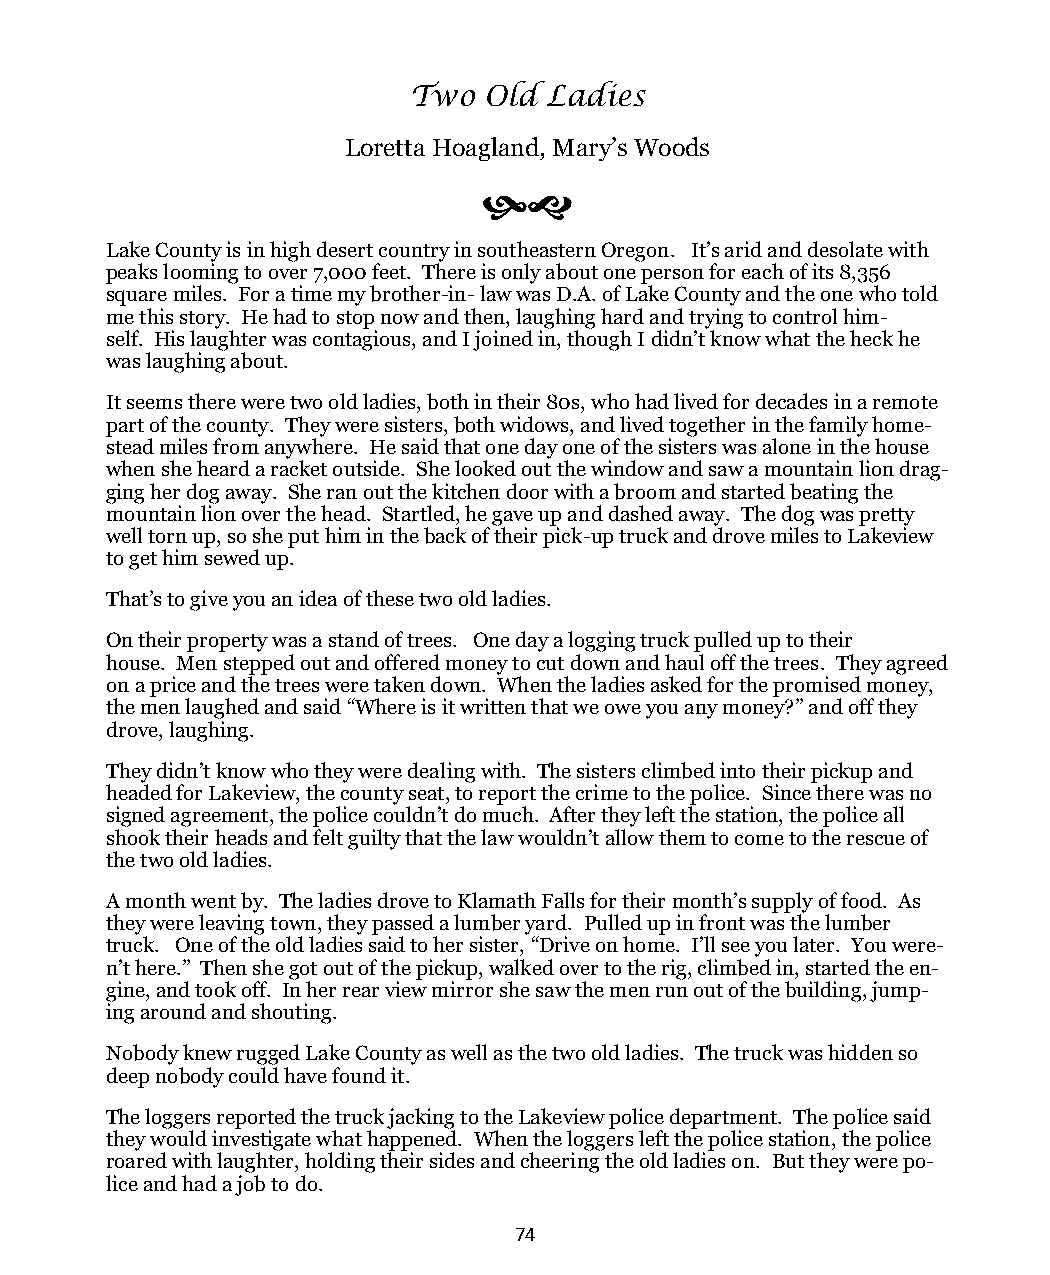
Two  Old Ladies
 Loretta Hoagland, Mary’s Woods
 
 Lake County is in high desert country in southeastern Oregon. It’s arid and desolate with
 peaks looming to over 7,000 feet. There is only about one person for each of its 8,356
 square miles. For a time my brother-in- law was D.A. of Lake County and the one who told
 me this story. He had to stop now and then, laughing hard and trying to control him-
 self. His laughter was contagious, and I joined in, though I didn’t know what the heck he
 was laughing about.
 It seems there were two old ladies, both in their 80s, who had lived for decades in a remote
 part of the county. They were sisters, both widows, and lived together in the family home-
 stead miles from anywhere. He said that one day one of the sisters was alone in the house
 when she heard a racket outside. She looked out the window and saw a mountain lion drag-
 ging her dog away. She ran out the kitchen door with a broom and started beating the
 mountain lion over the head. Startled, he gave up and dashed away. The dog was pretty
 well torn up, so she put him in the back of their pick-up truck and drove miles to Lakeview
 to get him sewed up.
 That’s to give you an idea of these two old ladies.
 On their property was a stand of trees. One day a logging truck pulled up to their
 house. Men stepped out and offered money to cut down and haul off the trees. They agreed
 on a price and the trees were taken down. When the ladies asked for the promised money,
 the men laughed and said “Where is it written that we owe you any money?” and off they
 drove, laughing.
 They didn’t know who they were dealing with. The sisters climbed into their pickup and
 headed for Lakeview, the county seat, to report the crime to the police. Since there was no
 signed agreement, the police couldn’t do much. After they left the station, the police all
 shook their heads and felt guilty that the law wouldn’t allow them to come to the rescue of
 the two old ladies.
 A month went by. The ladies drove to Klamath Falls for their month’s supply of food. As
 they were leaving town, they passed a lumber yard. Pulled up in front was the lumber
 truck. One of the old ladies said to her sister, “Drive on home. I’ll see you later. You were-
 n’t here.” Then she got out of the pickup, walked over to the rig, climbed in, started the en-
 gine, and took off. In her rear view mirror she saw the men run out of the building, jump-
 ing around and shouting.
 Nobody knew rugged Lake County as well as the two old ladies. The truck was hidden so
 deep nobody could have found it.
 The loggers reported the truck jacking to the Lakeview police department. The police said
 they would investigate what happened. When the loggers left the police station, the police
 roared with laughter, holding their sides and cheering the old ladies on. But they were po-
 lice and had a job to do.
 74